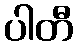
ပါတီ